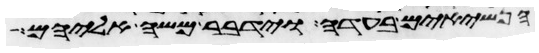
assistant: הנשיאים בעדה וידבר משה אליהם